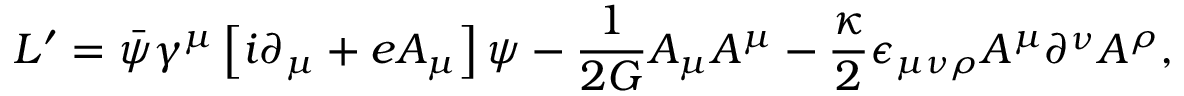
{ \cal L } ^ { \prime } = \bar { \psi } \gamma ^ { \mu } \left[ i \partial _ { \mu } + e { \cal A } _ { \mu } \right] \psi - \frac { 1 } { 2 G } { \cal A } _ { \mu } { \cal A } ^ { \mu } - \frac { \kappa } { 2 } \epsilon _ { \mu \nu \rho } { \cal A } ^ { \mu } \partial ^ { \nu } { \cal A } ^ { \rho } ,